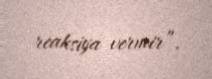
reaksiya vermir”.